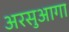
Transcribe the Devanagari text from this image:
अरसुआगा